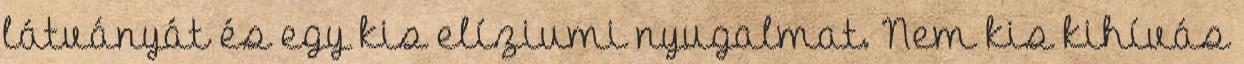
látványát és egy kis elíziumi nyugalmat. Nem kis kihívás